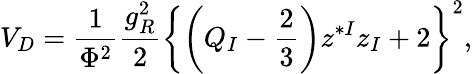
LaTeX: V_{D}={\frac{1}{\Phi^{2}}}{\frac{g_{R}^{2}}{2}}\left\{ \left(Q_{I}-{\frac{2}{3}}\right)z^{*I}z_{I}+2\right\} ^{2},